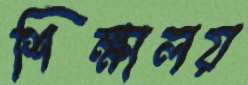
শিক্ষালয়